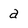
Character: a